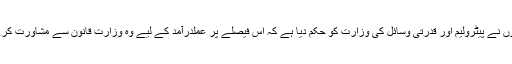
انہوں نے پیٹرولیم اور قدرتی وسائل کی وزارت کو حکم دیا ہے کہ اس فیصلے پر عملدرآمد کے لیے وہ وزارت قانون سے مشاورت کرے۔